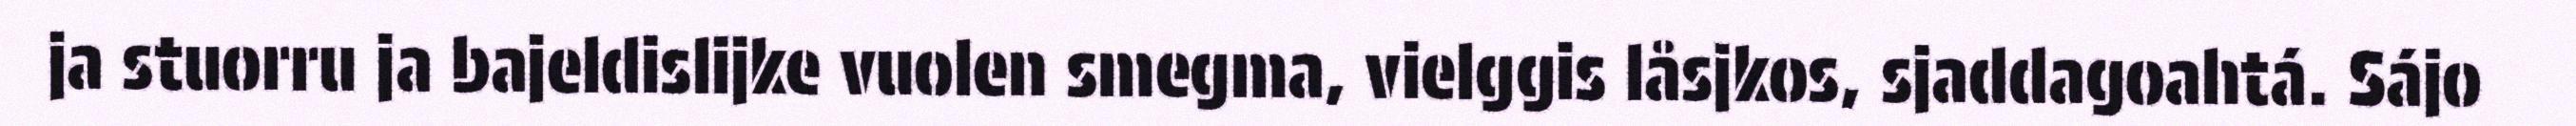
ja stuorru ja bajeldislijke vuolen smegma, vielggis låsjkos, sjaddagoahtá. Sájo